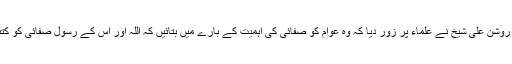
سیکرٹری بلدیات روشن علی شیخ نے علماء پر زور دیا کہ وہ عوام کو صفائی کی اہمیت کے بارے میں بتائیں کہ اللہ اور اس کے رسولؐ صفائی کو کتنا پسند کرتے ہیں۔